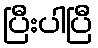
ပြီးပါပြီ